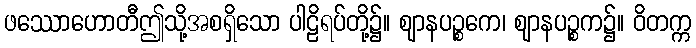
ဖဿောဟောတီဤသို့အစရှိသော ပါဠိရပ်တို့၌။ ဈာနပဉ္စကေ၊ ဈာနပဉ္စက၌။ ဝိတက္က